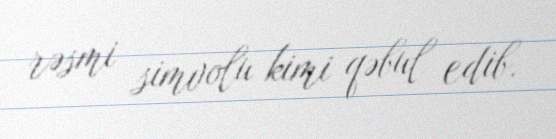
rəsmi simvolu kimi qəbul edib.